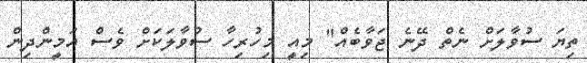
ތިޔަ ސުވާލަށް ނެތް ދޭނެ ޖަވާބެއް" މިއީ މިހުރިހާ ސުވާލަކަށް ވެސް އަމީންދިން